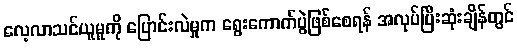
လေ့လာသင်ယူမှုကို ပြောင်းလဲမှုက ရွေးကောက်ပွဲဖြစ်စေရန် အလုပ်ပြီးဆုံးချိန်တွင်